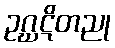
ဥဂ္ဃဋိတညု